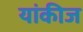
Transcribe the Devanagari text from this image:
यांकीज